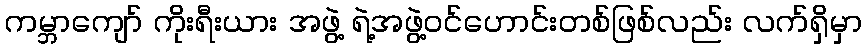
ကမ္ဘာကျော် ကိုးရီးယား အဖွဲ့ ရဲ့အဖွဲ့ဝင်ဟောင်းတစ်ဖြစ်လည်း လက်ရှိမှာ